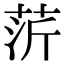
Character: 䓅